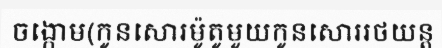
ចង្កោម(កូនសោរម៉ូតូមួយកូនសោររថយន្ត